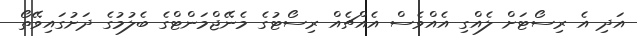
އަދި އެ ރިސޯޓަށް ލެއްގި އެއްވެސް އެއްޗެއް ރިސޯޓުގެ މެނޭޖްމަންޓްގެ ބެލުމުގެ ދަށުގައިވޭތޯ